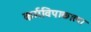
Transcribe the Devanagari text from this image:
कर्मविपाकाला